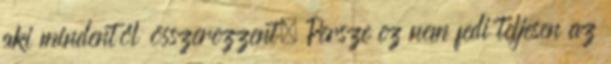
aki mindentől összerezzent. Persze ez nem fedi teljesen az